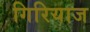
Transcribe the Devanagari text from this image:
गिरियाज